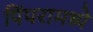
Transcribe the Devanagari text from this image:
पिंपरामध्ये